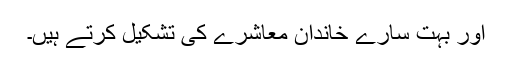
اور بہت سارے خاندان معاشرے کی تشکیل کرتے ہیں۔